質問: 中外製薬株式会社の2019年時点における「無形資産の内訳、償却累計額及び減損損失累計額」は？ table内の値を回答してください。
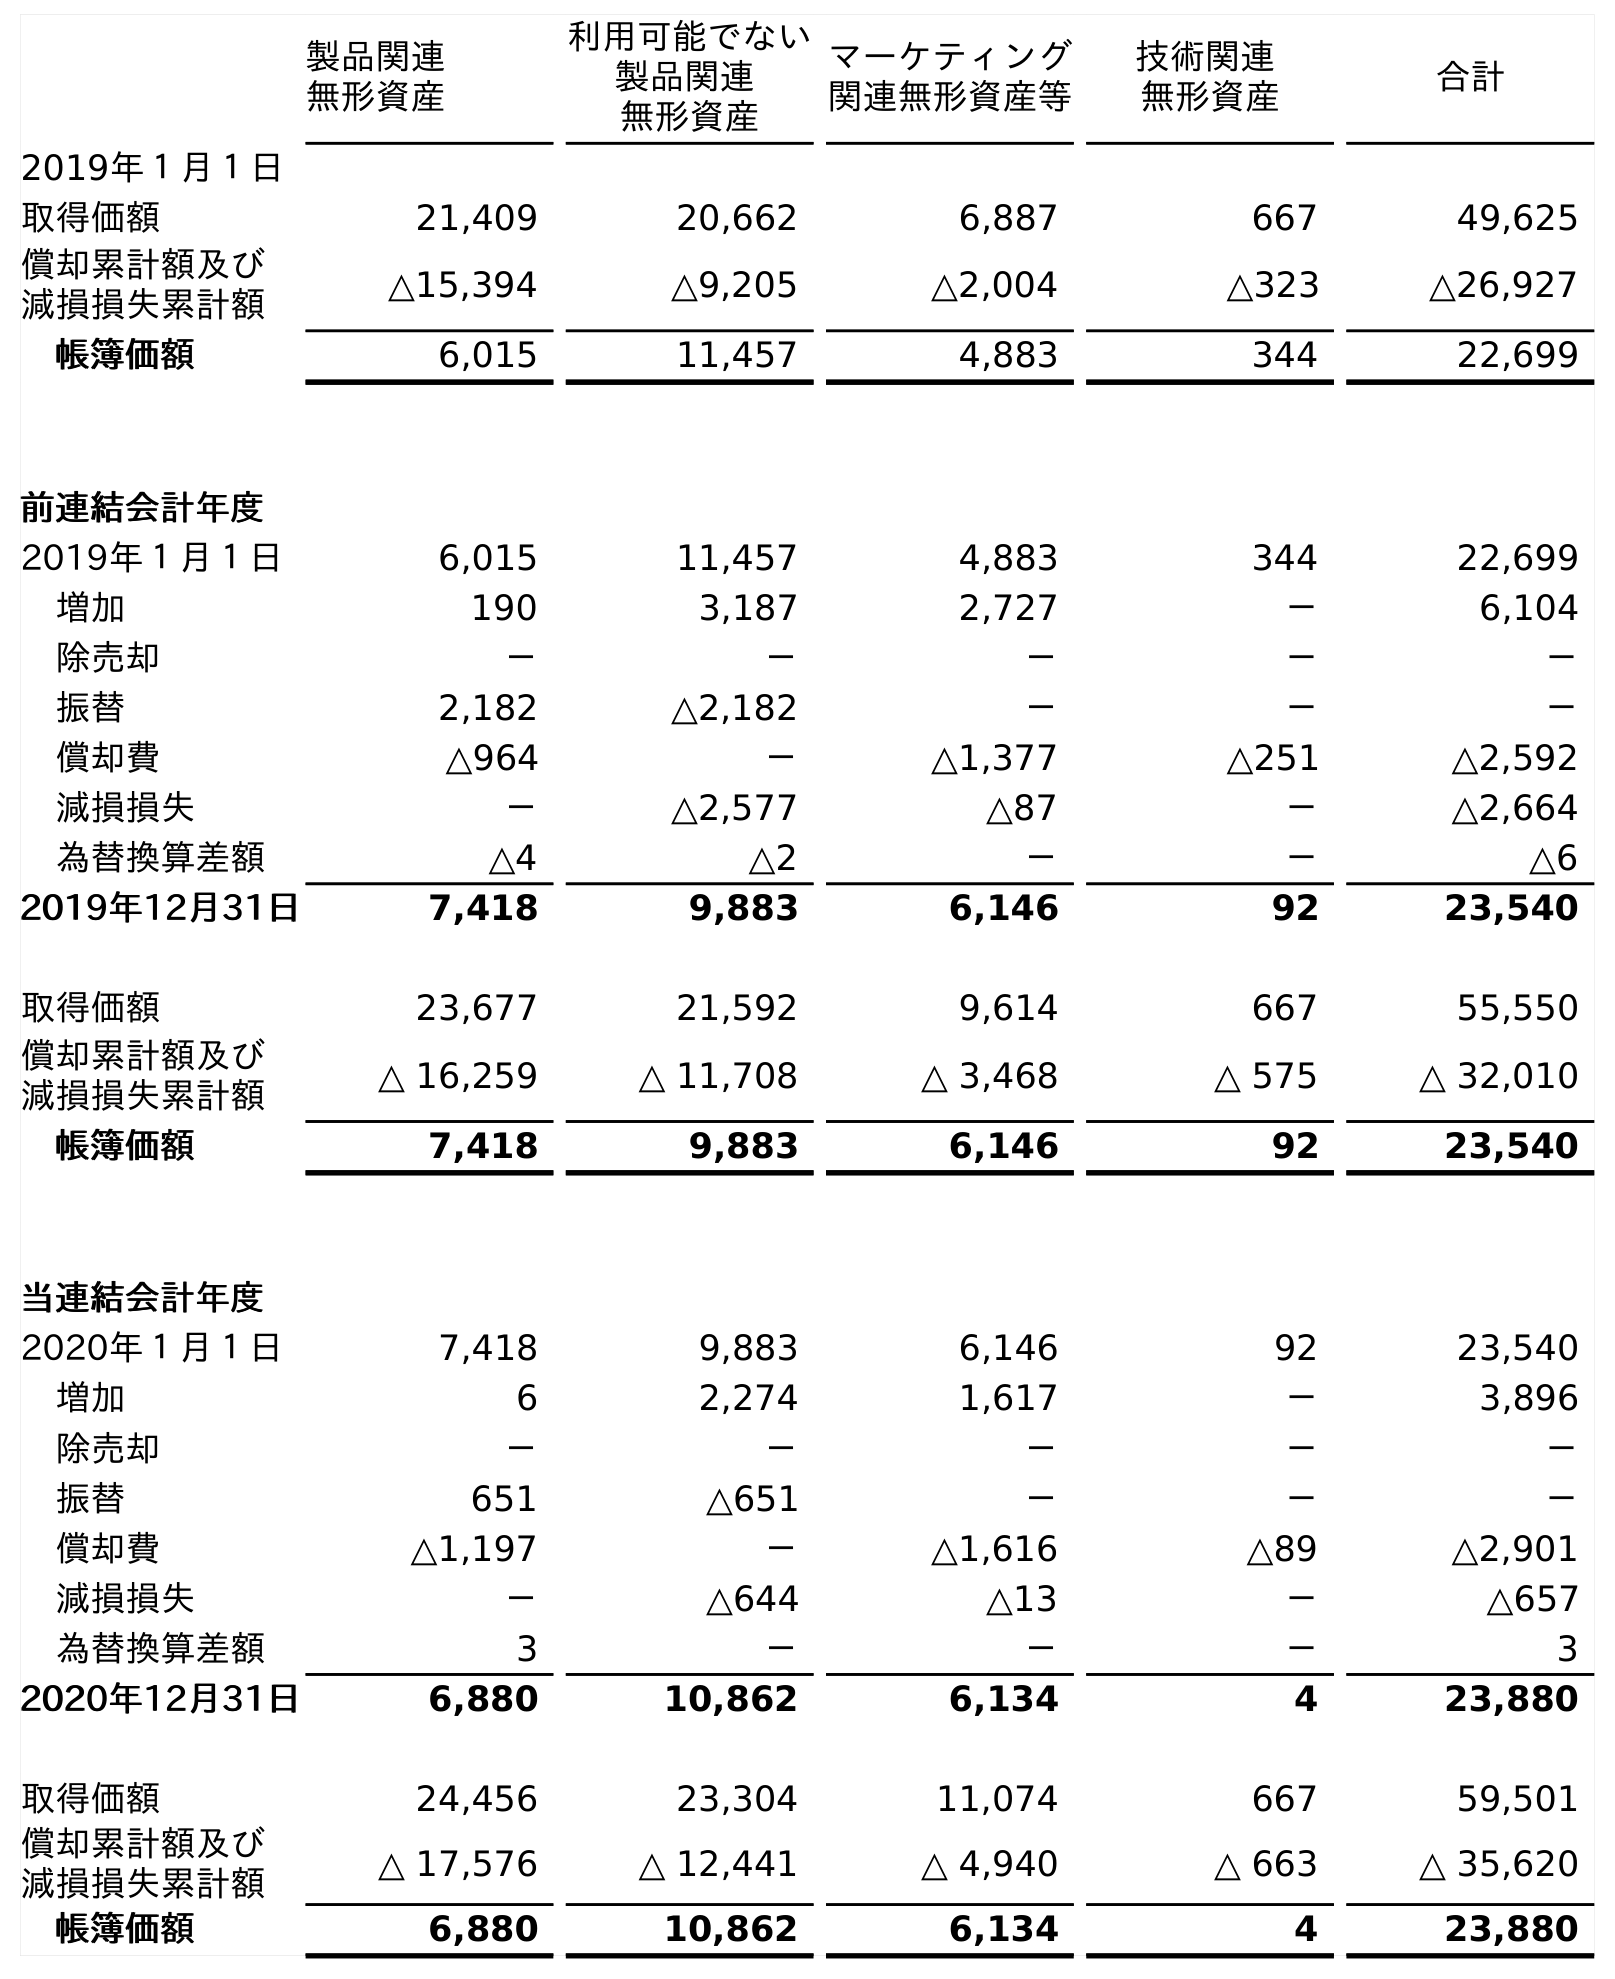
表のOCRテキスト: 製品関連 無形資産 利用可能でない 製品関連 無形資産 マーケティング 関連無形資産等 技術関連 無形資産 合計 2019年１月１日 取得価額 21,409 20,662 6,887 667 49,625 償却累計額及び 減損損失累計額 △15,394 △9,205 △2,004 △323 △26,927 帳簿価額 6,015 11,457 4,883 344 22,699 前連結会計年度 2019年１月１日 6,015 11,457 4,883 344 22,699 増加 190 3,187 2,727 － 6,104 除売却 － － － － － 振替 2,182 △2,182 － － － 償却費 △964 － △1,377 △251 △2,592 減損損失 － △2,577 △87 － △2,664 為替換算差額 △4 △2 － － △6 2019年12月31日 7,418 9,883 6,146 92 23,540 取得価額 23,677 21,592 9,614 667 55,550 償却累計額及び 減損損失累計額 △ 16,259 △ 11,708 △ 3,468 △ 575 △ 32,010 帳簿価額 7,418 9,883 6,146 92 23,540 当連結会計年度 2020年１月１日 7,418 9,883 6,146 92 23,540 増加 6 2,274 1,617 － 3,896 除売却 － － － － － 振替 651 △651 － － － 償却費 △1,197 － △1,616 △89 △2,901 減損損失 － △644 △13 － △657 為替換算差額 3 － － － 3 2020年12月31日 6,880 10,862 6,134 4 23,880 取得価額 24,456 23,304 11,074 667 59,501 償却累計額及び 減損損失累計額 △ 17,576 △ 12,441 △ 4,940 △ 663 △ 35,620 帳簿価額 6,880 10,862 6,134 4 23,880
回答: △32,010